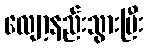
လျော့နည်းသွားပြီး